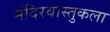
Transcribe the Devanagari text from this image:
मंदिरवास्तुकला